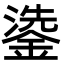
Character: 鍌